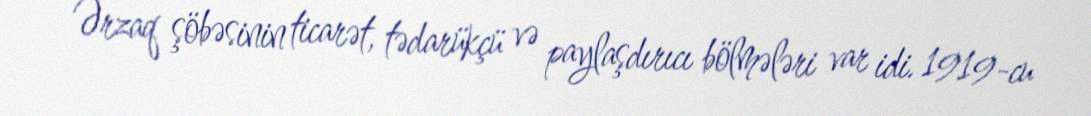
Ərzaq şöbəsinin ticarət, tədarükçü və paylaşdırıcı bölmələri var idi. 1919-cu